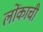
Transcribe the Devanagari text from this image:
लोंकाची